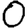
Digit: 0